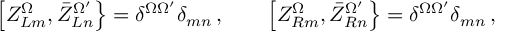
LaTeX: \left[ Z _ { L m } ^ { \Omega } , \bar { Z } _ { L n } ^ { \Omega ^ { \prime } } \right\} = \delta ^ { \Omega \Omega ^ { \prime } } \delta _ { m n } \, , \qquad \left[ Z _ { R m } ^ { \Omega } , \bar { Z } _ { R n } ^ { \Omega ^ { \prime } } \right\} = \delta ^ { \Omega \Omega ^ { \prime } } \delta _ { m n } \, ,